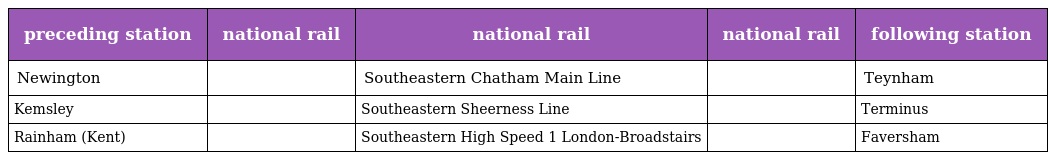
| preceding station | national rail | national rail | national rail | following station |
 | --- | --- | --- | --- | --- |
 | Newington |  | Southeastern Chatham Main Line |  | Teynham |
 | Kemsley |  | Southeastern Sheerness Line |  | Terminus |
 | Rainham (Kent) |  | Southeastern High Speed 1 London-Broadstairs |  | Faversham |